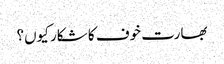
بھارت خوف کا شکار کیوں؟